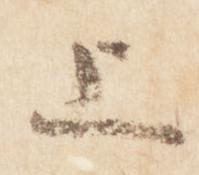
上